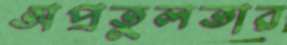
অপ্রতুলতার